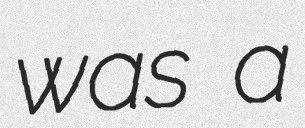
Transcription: was a